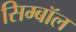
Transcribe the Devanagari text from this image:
सिम्बॉल